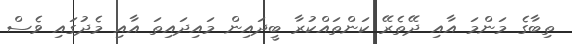
ތިބާގެ މަންމަ އާއި ދޭތެރޭ ކަންތައްކުރާ ބީދައިން މައިދައިތަ އާއި މެދުގައި ވެސް